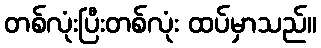
တစ်လုံးပြီးတစ်လုံး ထပ်မှာသည်။